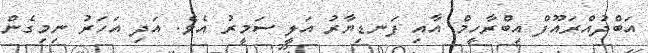
އަބްދުއްރައޫފް އިބްރާހީމް އާއި ފަނޑިޔާރު އަލީ ސަމީރު އެވެ. އަދި އަހަރު ނިމިގެން